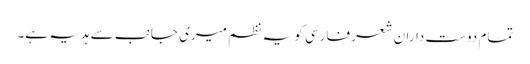
تمام دوست دارانِ شعرِ فارسی کو یہ نظم میری جانب سے ہدیہ ہے۔